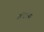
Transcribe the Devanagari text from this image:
अंदरना